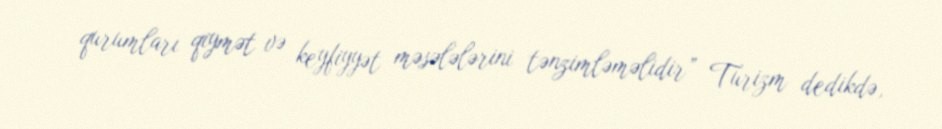
qurumları qiymət və keyfiyyət məsələlərini tənzimləməlidir” Turizm dedikdə,